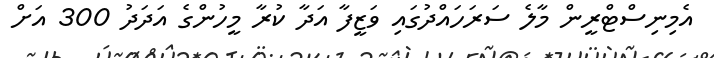
އެމިނިސްޓްރީން މާލެ ސަރަހައްދުގައި ވަޒީފާ އަދާ ކުރާ މީހުންގެ އަދަދު 300 އަށް